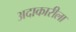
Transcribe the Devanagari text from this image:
अदाकारीला